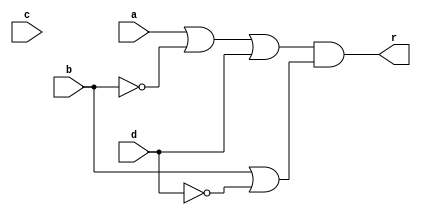
/*DEFINE NEW ADDITION*/
module addition(
    input a,b,c,d,
    output r
    );
    /* f(A,B,C,D) == (A + ~B + D). (B + ~D) */
    assign r = (a|~b|d) & (b|~d);

endmodule

/*DEFINE ONE BIT ADDER USING NEW ADDITION*/
module one_bit_add(
    input b1,b2,b3,c_in,
    output r,c_out
    );
    // r = f(b1,b2,b3,c_in) 
    addition result(b1,b2,b3,c_in,r);
    // c_out = f(c_in, b1,b2,b3) 
    addition cout(c_in,b1,b2,b3,c_out);

endmodule

/*MAKE 8-BIT ADDER TO ADD THREE NUMBERS*/
module add_three_num(
    input wire [7:0] A,B,C,
    output wire [7:0] r, output wire c_out
    );

    wire [7:0] c; /*TRANSFER CARRY*/
    wire d;
    assign d = 1'b0;

    one_bit_add add0(A[0],B[0],C[0],d,r[0],c[0]);
    one_bit_add add1(A[1],B[1],C[1],c[0],r[1],c[1]);
    one_bit_add add2(A[2],B[2],C[2],c[1],r[2],c[2]);
    one_bit_add add3(A[3],B[3],C[3],c[2],r[3],c[3]);
    one_bit_add add4(A[4],B[4],C[4],c[3],r[4],c[4]);
    one_bit_add add5(A[5],B[5],C[5],c[4],r[5],c[5]);
    one_bit_add add6(A[6],B[6],C[6],c[5],r[6],c[6]);
    one_bit_add add7(A[7],B[7],C[7],c[6],r[7],c[7]);

    assign c_out = c[7];
    
endmodule

/*TEST BENCH*/
module tb;

    reg [7:0] A, B,C;
    wire [7:0] R;
    wire C_out;

    add_three_num finale(A, B, C, R, C_out);

    initial begin
        $display(" A   B   C   Sum");
        $monitor("%d %d %d  %d", A, B, C, R);

        repeat(10) begin
            A = $random;
            B = $random;
            C = $random;
            #25;
        end
    
    end

endmodule